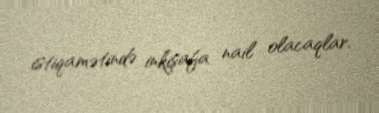
istiqamətində inkişafa nail olacaqlar.